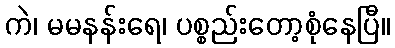
ကဲ၊ မမနန်းရေ၊ ပစ္စည်းတော့စုံနေပြီ။